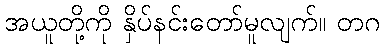
အယူတို့ကို နှိပ်နင်းတော်မူလျက်။ တဂ